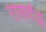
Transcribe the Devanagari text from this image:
रेसिदेंट्स